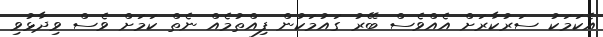
އެކަމަކު ސަރުކާރަށް އެއްވެސް ބޭރު ގައުމަކުން ފިއްތުމެއް ނެތް ކަމަށް ވެސް ވިދާޅުވި